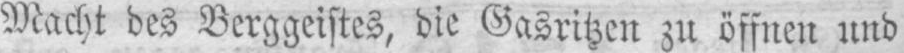
Macht des Berggeistes, die Gasritzen zu öffnen und